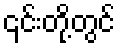
၎င်းတို့တွင်